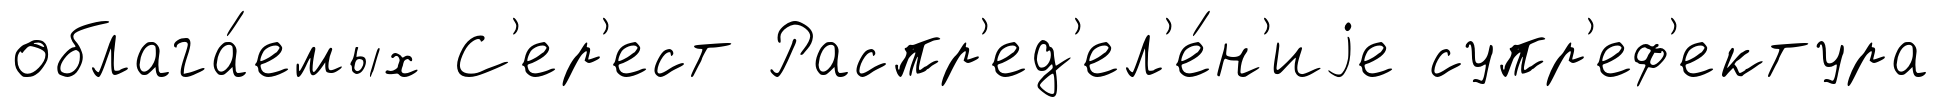
облага́емых С'ер'ест Распр'ед'ел'е́н'иjе супр'еф'ектура